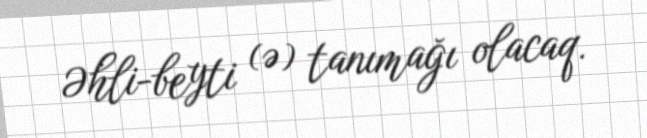
Əhli-beyti (ə) tanımağı olacaq.